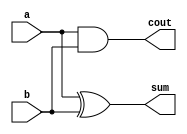
module ha(input a,b,output sum,cout);
    assign sum=a^b;
    assign cout=a&b;
endmodule
module fa(input a,b,cin,output sum,carry);
    assign sum=cin^a^b;
    assign carry=(a&b)|cin&(a^b);
endmodule

module dadda_tree_19BEE0032(input [3:0] a,b,output [7:0] p);
    wire [17:1] w;
    assign p[0]=a[0]&b[0];
    
    ha ha1((a[2]&b[1]),(a[3]&b[0]),w[1],w[2]);
    ha ha2((a[3]&b[1]),(a[2]&b[2]),w[3],w[4]);
    
    ha ha3((a[1]&b[1]),(a[2]&b[0]),w[5],w[6]);
    fa fa1((a[0]&b[3]),(a[1]&b[2]),w[1],w[7],w[8]);
    fa fa2((a[1]&b[3]),w[2],w[3],w[9],w[10]);
    fa fa3((a[2]&b[3]),w[4],(a[3]&b[2]),w[11],w[12]);
    
    ha ha4((a[0]&b[1]),(a[1]&b[0]),p[1],w[13]);
    fa fa4((a[0]&b[2]),w[5],w[13],p[2],w[14]);
    fa fa5((w[6]),w[7],w[14],p[3],w[15]);
    fa fa6((w[8]),w[9],w[15],p[4],w[16]);
    fa fa7((w[10]),w[11],w[16],p[5],w[17]);
    fa fa8((a[3]&b[3]),w[17],w[12],p[6],p[7]);
    

endmodule